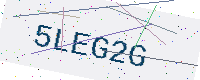
Text: 5LEG2G